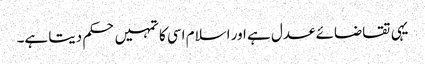
یہی تقاضائے عدل ہے اور اسلام اسی کا تمہیں حکم دیتا ہے۔